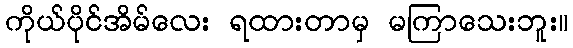
ကိုယ်ပိုင်အိမ်လေး ရထားတာမှ မကြာသေးဘူး။